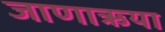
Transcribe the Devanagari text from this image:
जाणाऋया